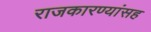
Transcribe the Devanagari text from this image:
राजकारण्यांसह